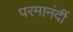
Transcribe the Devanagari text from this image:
परमानंदीं